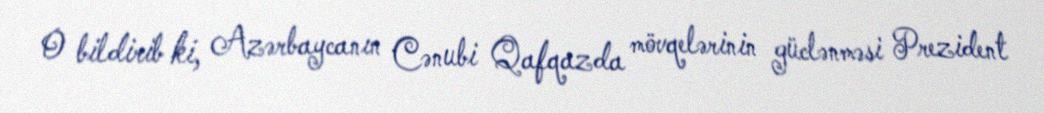
O bildirib ki, Azərbaycanın Cənubi Qafqazda mövqelərinin güclənməsi Prezident